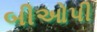
બીઓપી